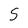
Character: S